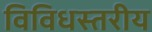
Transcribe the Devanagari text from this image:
विविधस्तरीय